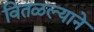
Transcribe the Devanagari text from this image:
वितळल्याने